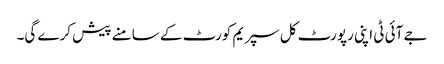
جے آئی ٹی اپنی رپورٹ کل سپریم کورٹ کے سامنے پیش کرے گی۔